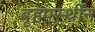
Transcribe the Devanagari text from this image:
बृहपर्स्थीन